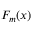
F _ { m } ( x )